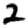
Digit: 2